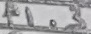
Text: P1.3